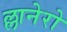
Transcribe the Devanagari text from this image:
ल्लानेरो